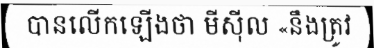
បានលើកឡើងថា មីស៊ីល «នឹងត្រូវ